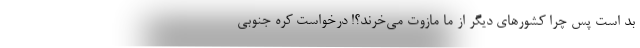
بد است پس چرا کشورهای دیگر از ما مازوت می‌خرند؟! درخواست کره جنوبی